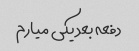
دفعه بعد یکی میارم